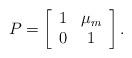
LaTeX: \begin{align*}P=\left[\begin{array}{cc}1&\mu_m\\0&1\end{array}\right].\end{align*}